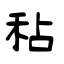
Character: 秥